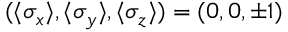
( \langle \sigma _ { x } \rangle , \langle \sigma _ { y } \rangle , \langle \sigma _ { z } \rangle ) = ( 0 , 0 , \pm 1 )